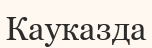
Кауказда